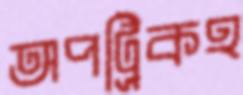
অপট্রিকহ